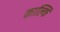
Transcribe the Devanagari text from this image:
काल्फि